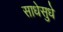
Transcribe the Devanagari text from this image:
साधेसुधे